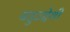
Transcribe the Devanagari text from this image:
बहुउद्देशी